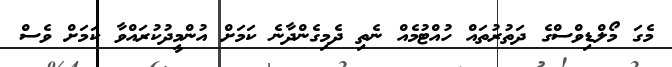
މެގަ މޯލްޑިވްސްގެ ދަތުރުތައް ހުއްޓުމެއް ނެތި ދެމިގެންދާނެ ކަމަށް އުންމީދުކުރައްވާ ކަމަށް ވެސް